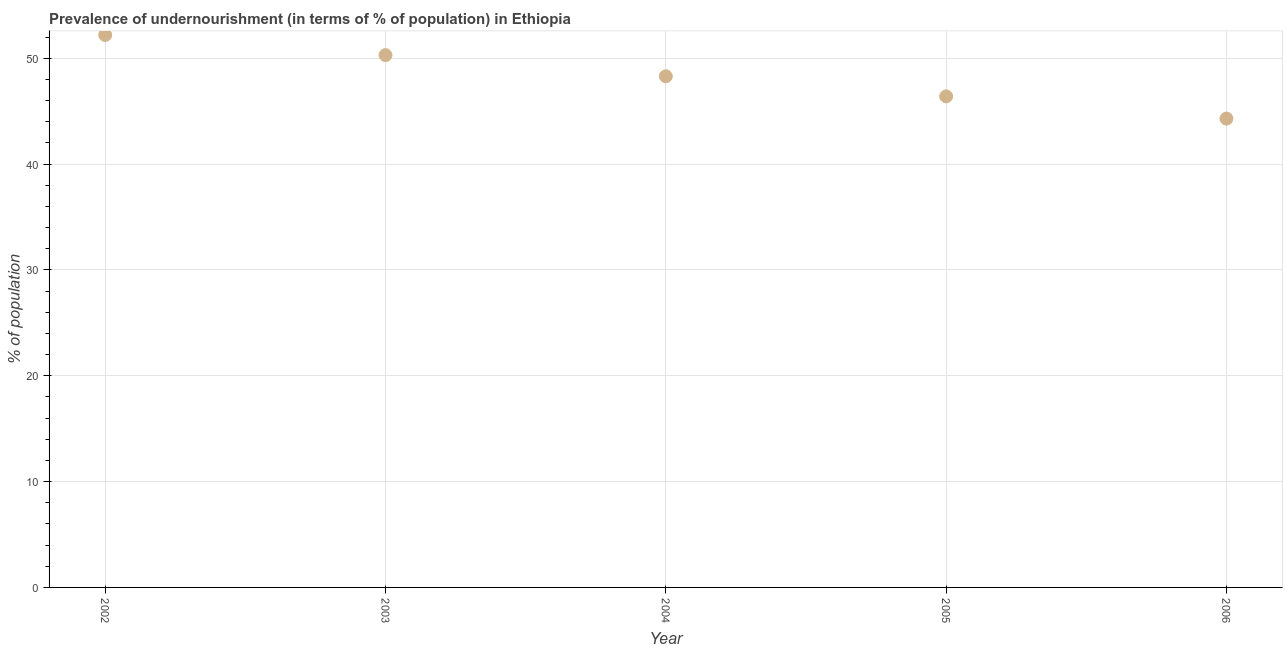
| Year | Prevalence of undernourishment |
 | --- | --- |
 | 2002 | 52.2 |
 | 2003 | 50.3 |
 | 2004 | 48.3 |
 | 2005 | 46.4 |
 | 2006 | 44.3 |